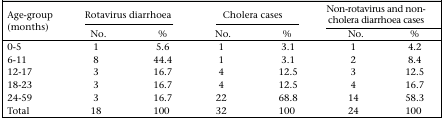
<table><thead><tr><td rowspan="2"><b>Age-group (months)</b></td><td colspan="2"><b>Rotavirus diarrhoea</b></td><td colspan="2"><b>Cholera cases</b></td><td colspan="2"><b>Non-rotavirus and non-cholera diarrhoea cases</b></td></tr><tr><td><b>No.</b></td><td><b>%</b></td><td><b>No.</b></td><td><b>%</b></td><td><b>No.</b></td><td><b>%</b></td></tr></thead><tbody><tr><td>0-5</td><td>1</td><td>5.6</td><td>1</td><td>3.1</td><td>1</td><td>4.2</td></tr><tr><td>6-11</td><td>8</td><td>44.4</td><td>1</td><td>3.1</td><td>2</td><td>8.4</td></tr><tr><td>12-17</td><td>3</td><td>16.7</td><td>4</td><td>12.5</td><td>3</td><td>12.5</td></tr><tr><td>18-23</td><td>3</td><td>16.7</td><td>4</td><td>12.5</td><td>4</td><td>16.7</td></tr><tr><td>24-59</td><td>3</td><td>16.7</td><td>22</td><td>68.8</td><td>14</td><td>58.3</td></tr><tr><td>Total</td><td>18</td><td>100</td><td>32</td><td>100</td><td>24</td><td>100</td></tr></tbody></table>